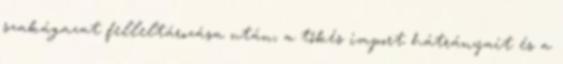
szakágazat felleltározása után, a tőkés import hátrányait és a